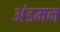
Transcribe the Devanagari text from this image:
अंडमन